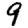
Digit: 9